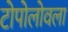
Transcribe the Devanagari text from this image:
टोपोलोवला